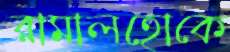
রামালহোকে